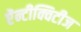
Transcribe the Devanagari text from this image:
ऐंन्टीक्विटीज